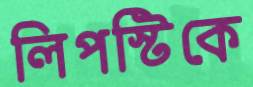
লিপস্টিকে